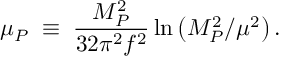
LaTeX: \mu _ { P } \; \equiv \; { \frac { M _ { P } ^ { 2 } } { 3 2 \pi ^ { 2 } f ^ { 2 } } } \ln { \left( M _ { P } ^ { 2 } / \mu ^ { 2 } \right) } \, .